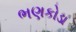
ભણકોડા